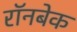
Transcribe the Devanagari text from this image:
रॉनबेक